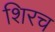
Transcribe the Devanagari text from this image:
शिरच